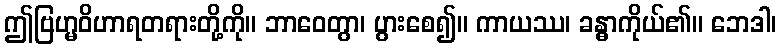
ဤဗြဟ္မဝိဟာရတရားတို့ကို။ ဘာဝေတွာ၊ ပွားစေ၍။ ကာယဿ၊ ခန္ဓာကိုယ်၏။ ဘေဒါ၊